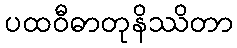
ပထဝီဓာတုနိဿိတာ